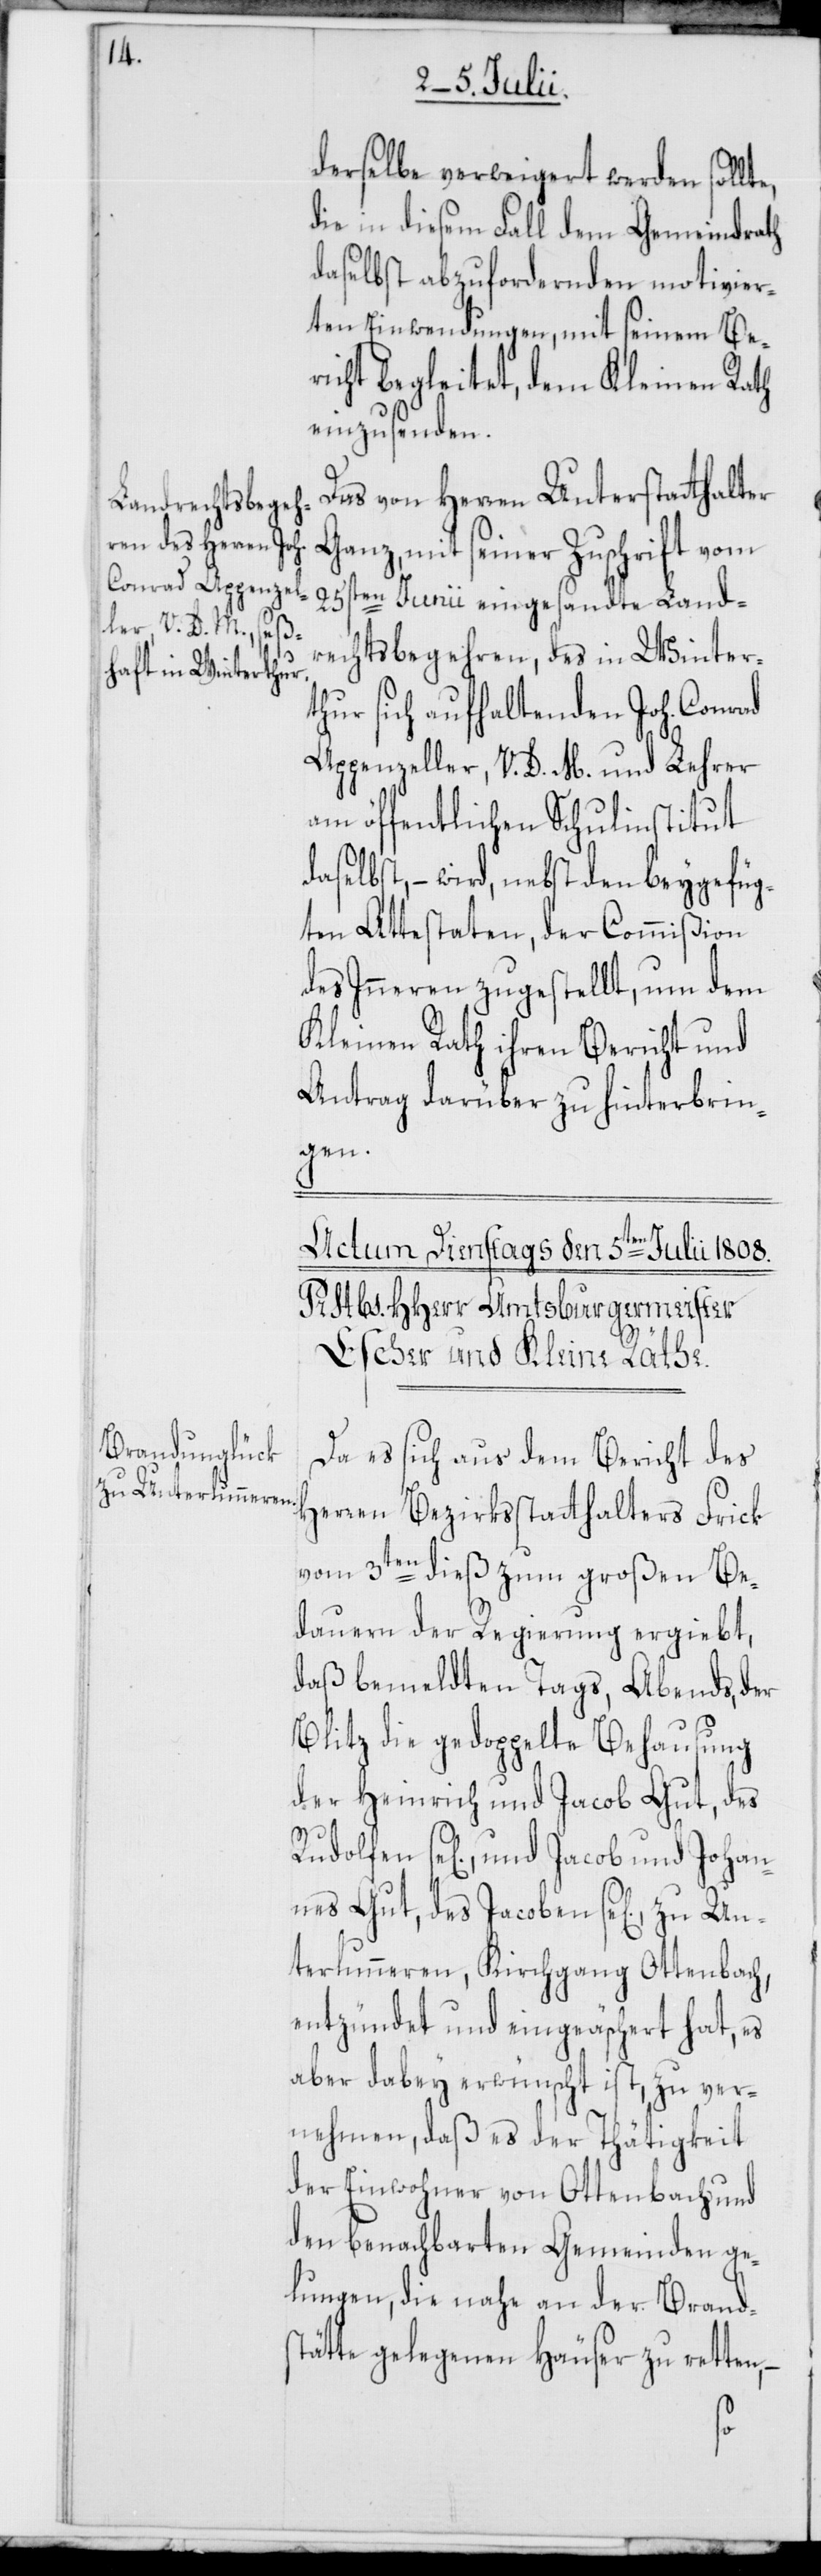
derselbe verweigert werden sollte,
die in diesem Fall dem Gemeindrath
daselbst abzufordernden motivier¬
ten Einwendungen, mit seinem Ber¬
icht begleitet, dem Kleinen Rath
einzusenden.
Das von Herren Unterstatthalter
Ganz, mit seiner Zuschrift vom
25sten Junii eingesandte Land¬
rechtsbegehren, des in Winter¬
thur sich aufhaltenden Joh. Conrad
Appenzeller, V. D. M. und Lehrer
am öffentlichen Schulinstitut
daselbst, – wird, nebst den beygefüg¬
ten Attestaten, der Commißion
des Inneren zugestellt, um dem
Kleinen Rath ihren Bericht und
Antrag darüber zu hinterbrin¬
Her¬
Da es sich aus dem Bericht des
ren Bezirksstatthalters Frick
vom 3ten dieß zum großen Be¬
dauern der Regierung ergiebt,
daß bemeldten Tags, Abends, der
Blitz die gedoppelte Behausung
der Heinrich und Jacob Gut, des
Rudolfen se[lig], und Jacob und Johan¬
nes Gut, des Jacoben se[lig], zu Un¬
terlunneren, Kirchgang Ottenbach,
entzündet und eingeäschert hat, es
aber dabey erwünscht ist, zu ver¬
nehmen, daß es der Thätigkeit
der Einwohner von Ottenbach und
den benachbarten Gemeinden ge¬
lungen, die nahe an der Brands¬
tätte gelegenen Häuser zu retten,